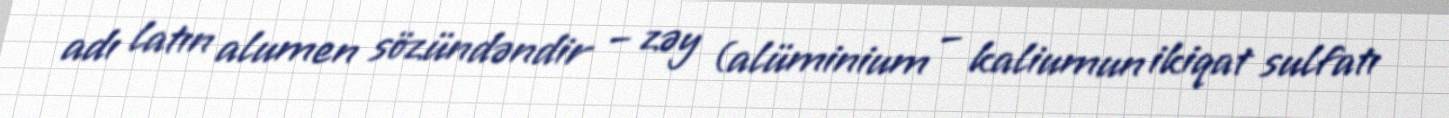
adı latın alumen sözündəndir – zəy (alüminium – kaliumun ikiqat sulfatı